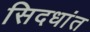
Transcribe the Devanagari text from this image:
सिदधांत